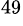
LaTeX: ^\mathrm{49}